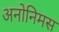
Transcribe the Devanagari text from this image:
अनोनिमस